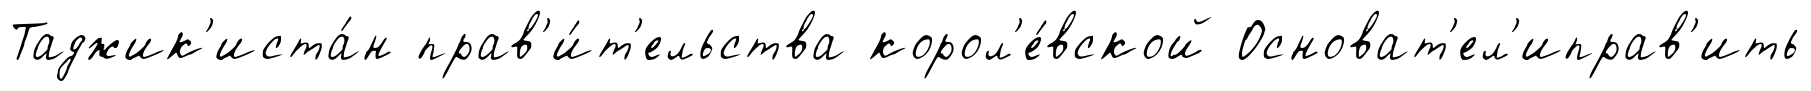
Таджик'иста́н прав'и́т'ельства корол'е́вской Основат'ел'иправ'ить